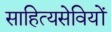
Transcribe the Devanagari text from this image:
साहित्यसेवियों